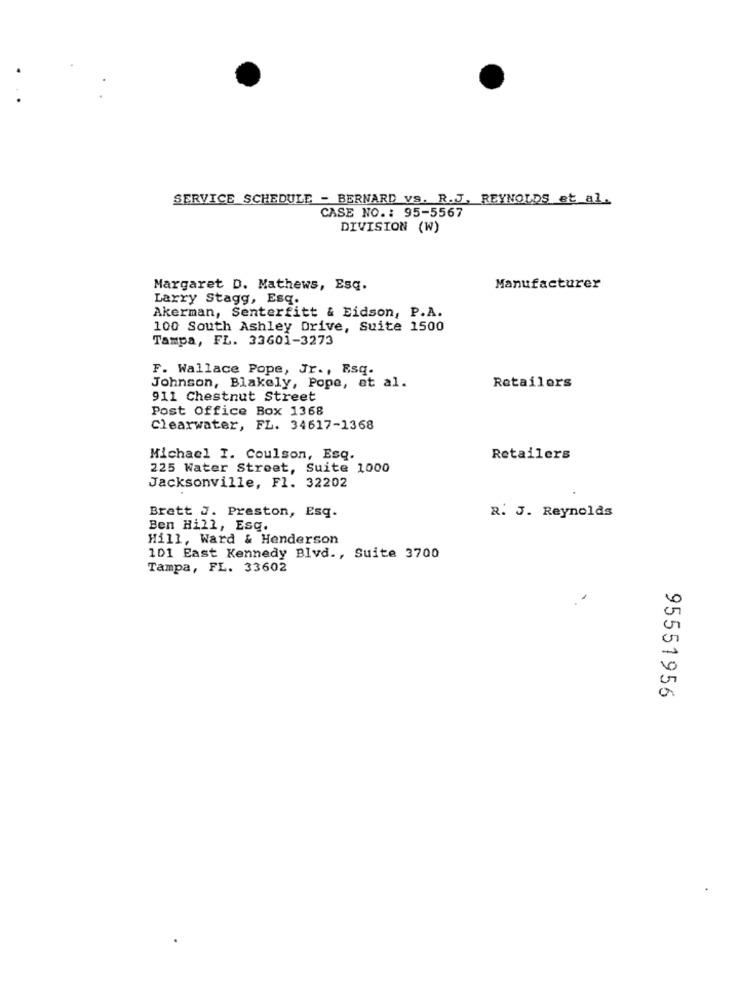
SERVICE SCHEDULE - BERNARD vs. R.J. REYNOLDS et al.
CASE NO .: 95-5567
DIVISION (W)
Margaret D. Mathews, Esq.
Manufacturer
Larry Stagg, Esq.
Akerman, Senterfitt & Eidson, P.A.
100 South Ashley Drive, Suite 1500
Tampa, FL. 33601-3273
F. Wallace Pope, Jr ., Esq.
Johnson, Blakely, Pope, at al.
Retailers
911 Chestnut Street
Post Office Box 1368
Clearwater, FL. 34617-1368
Michael I. Coulson, Esq.
Retailers
225 Water Street, Suite 1000
Jacksonville, Fl. 32202
Brett J. Preston, Esq.
R. J. Reynolds
Ben Hill, Esq.
Hill, Ward & Henderson
101 East Kennedy Blvd ., Suite 3700
Tampa, FL. 33602
95551956